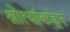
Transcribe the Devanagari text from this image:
श्रोत्यांकडून